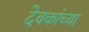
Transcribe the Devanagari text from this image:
देवकांच्या